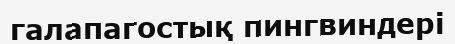
галапагостық пингвиндері